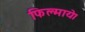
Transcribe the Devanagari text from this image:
फिल्माये।